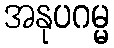
အနုပဂမ္မ